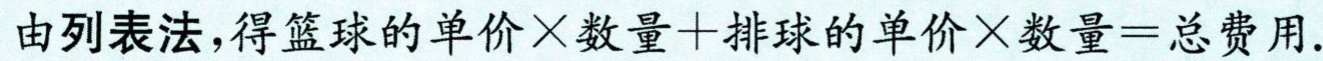
由列表法，得篮球的单价×数量+排球的单价×数量=总费用.